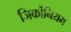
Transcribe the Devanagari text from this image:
जिर्कोनियम